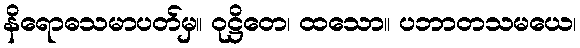
နိရောဓသမာပတ်မှ။ ဝုဋ္ဌိတေ၊ ထသော။ ပဘာတသမယေ၊